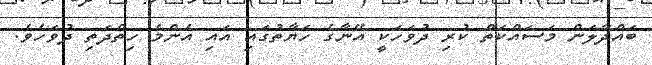
ބައްދާލަން މަސައްކަތް ކުރި ދުވަހަކީ އޭނާގެ ހަޔާތުގައި އައި އެންމެ ހިތްދަތި ދުވަހެވެ.